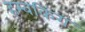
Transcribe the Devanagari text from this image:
हम्बकिंग